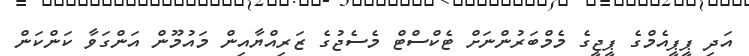
އަދި ޕީޕީއެމްގެ ޕީޖީގެ މެމްބަރުންނަށް ޓެކްސްޓް މެސެޖުގެ ޒަރިއްޔާއިން މައުމޫން އަންގަވާ ކަންކަން